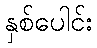
နှစ်ပေါင်း